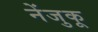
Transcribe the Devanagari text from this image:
नेंजुकू